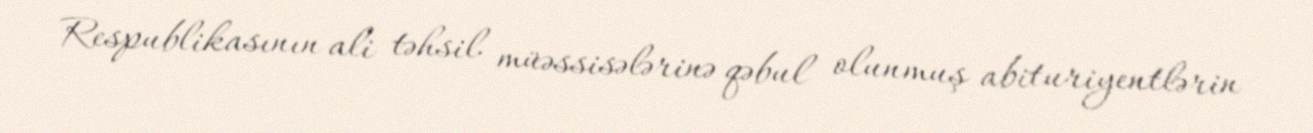
Respublikasının ali təhsil müəssisələrinə qəbul olunmuş abituriyentlərin